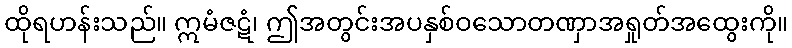
ထိုရဟန်းသည်။ ဣမံဇဋံ၊ ဤအတွင်းအပနှစ်ဝသောတဏှာအရှုတ်အထွေးကို။